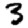
Digit: 3